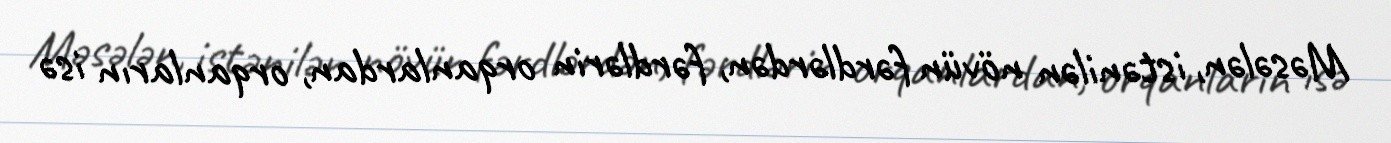
Məsələn, istənilən növün fərdlərdən, fərdlərin orqanlardan, orqanların isə